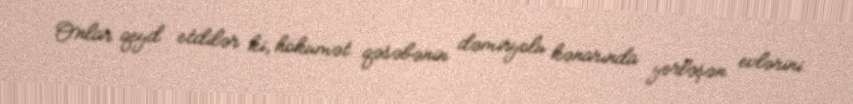
Onlar qeyd etdilər ki, hökumət qəsəbənin dəmiryolu kənarında yerləşən evlərini